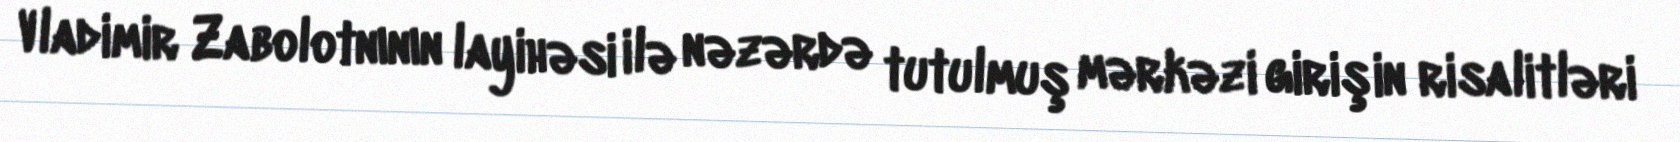
Vladimir Zabolotnının layihəsi ilə nəzərdə tutulmuş mərkəzi girişin risalitləri